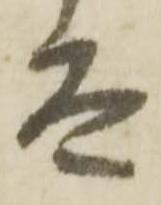
太